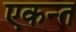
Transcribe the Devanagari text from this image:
एकन्त